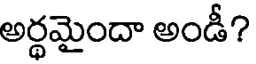
అర్ధమైందా అండీ?